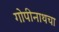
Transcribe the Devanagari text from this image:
गोपीनाथचा